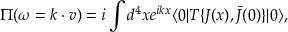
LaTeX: \Pi ( \omega = k \cdot v ) = i \int d ^ { 4 } x e ^ { i k x } \langle 0 | T \{ J ( x ) , \bar { J } ( 0 ) \} | 0 \rangle ,